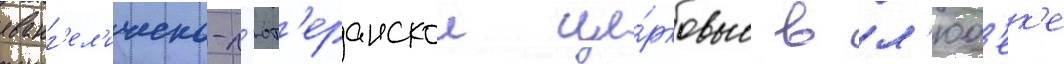
еванг'ел'ическо-л'ют'еранскои це́рковью в л'юб'ек'е